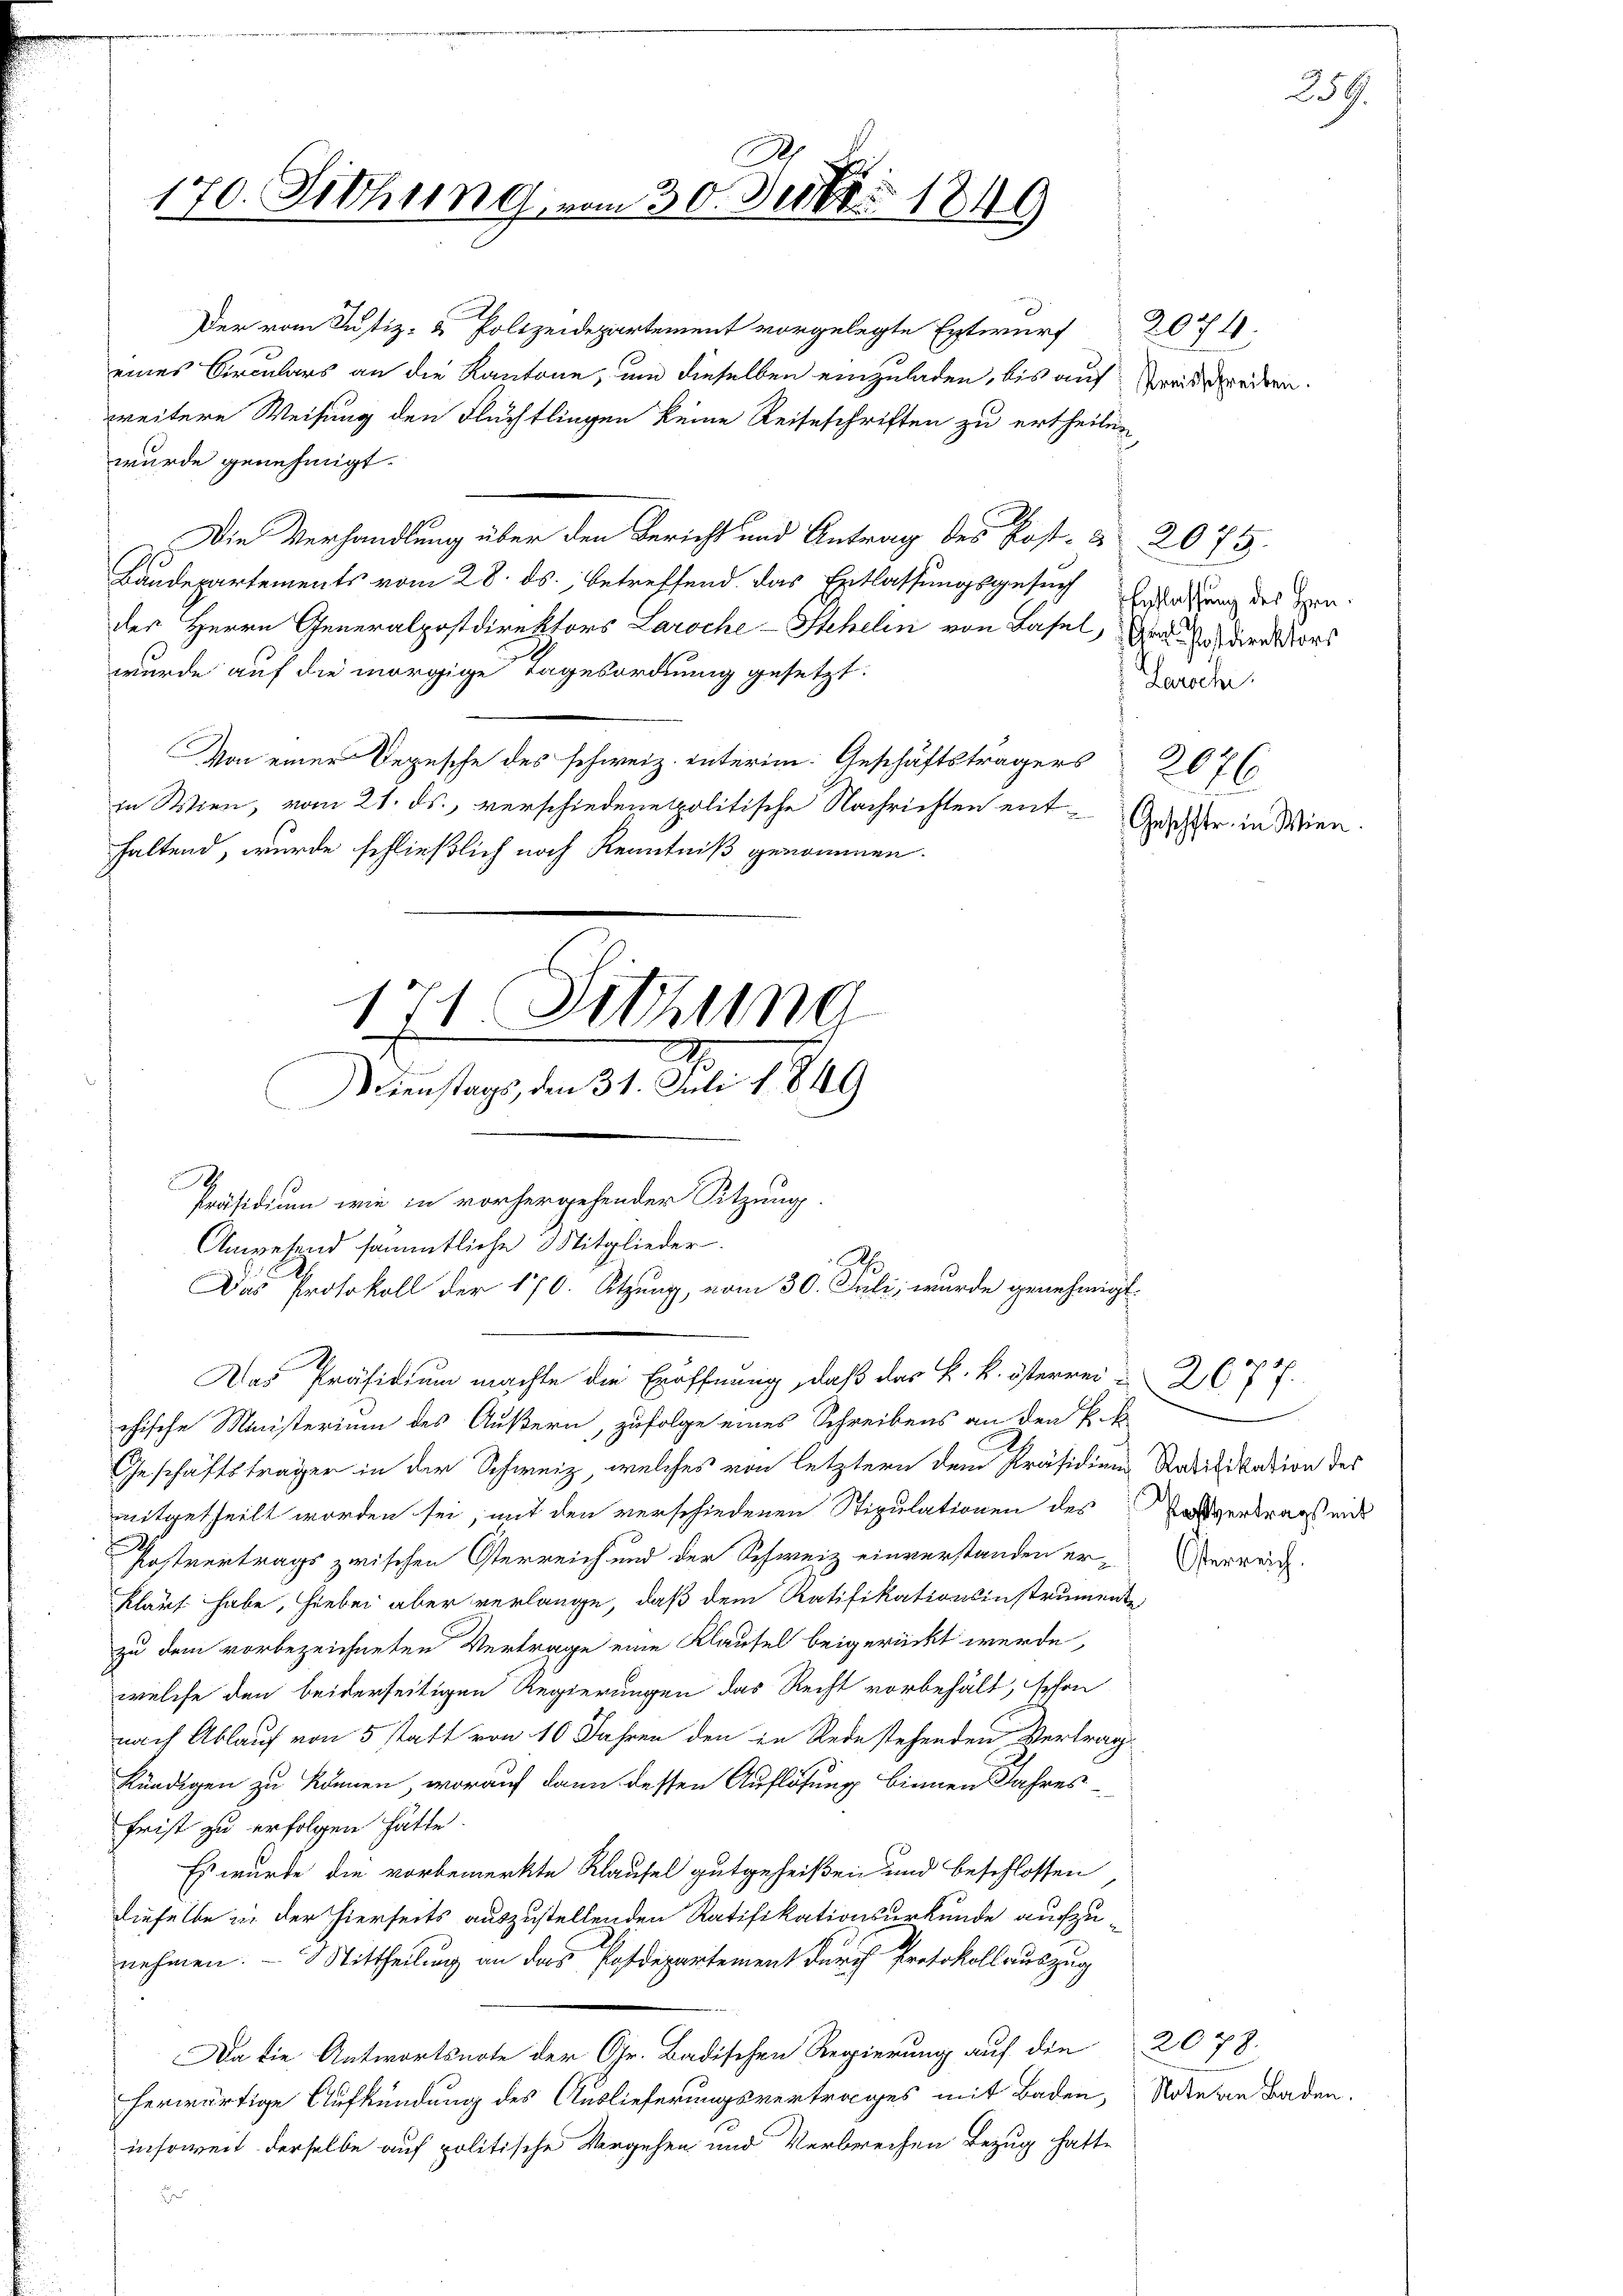
170. Siehung vom 30. Juli 1849

Der vom Justiz- & Polizeidepartement vorgelegte Entwurf
eines Circulars an die Kantone, um dieselben einzuladen, bis auf
weitere Weisung den Flüchtlingen keine Reiseschriften zu ertheilen
wurde genehmigt.
Die Verhandlung über den Bericht und Antrag des Kost-
Baudepartements vom 28. ds., betreffend das Entlassungsgesuch Erlassung des Hrn.
der Herrn Generalpostdirektors Laroche-Schelin von Basel, Grature dort
wurde auf die morgige Tagesordnung gesetzt.
Von einer Depesche des schweiz. Interim: Geschäftsträgers
in Wien, vom 21. ds., verschiedene politische Nachrichten enthaltend, wurde schließlich noch Kenntniß genommen.
S
Präsidium wie in vorhergehender Sitzung.
Anwesend sämmtliche Mitglieder.
chische Ministerium des Äußern, zufolge eines Schreibens an den Pet
Geschäftsträger in der Schweiz, welches von letztern dem Präsidium Ratifikation des
mitgetheilt worden sei, mit den verschiedenen Stipulationen des
Postvertrags zwischen Osterreich und der Schweiz einverstanden er¬
Klauf habe, hiebei aber verlange, daß dem Ratifikationsinstrument
zu dem vorbezeichneten Vertrage eine Klausel beigerückt werde,
welche den beiderseitigen Regierungen das Recht vorbehält, sehen
nach Ablauf von 5 statt von 10 Jahren den in Rede stehenden Vertrag
kündigen zu können, worauf dann dessen Auflösung binnen Jahres¬
Frist zu erfolgen hätte.
Es wurde die vorbemerkte Klausel gutgeheißen und beschlossen,
dieselbe in der hierseits auszustellenden Ratifikationsurkunde aufzunehmen. – Mittheilung an das Postdepartement durch Protokollauszug
Da die Antwortsnote der Gr. Badischen Regierung auf die 2078.
herwärtige Aufkündung des Auslieferungsvertrages mit Baden,
insoweit derselbe auf politische Vergehen und Verbrechen Bezug hatte
d

171 Sitzung
Dienstags, den 31. Juli 1849

Das Protokoll der 170. Sitzung, vom 30. Juli, wurde genehmigt.
Das Präsidium machte die Eröffnung, daß das k. k. österren 2677

2074.
Kreisschreiben.

2075.
Gerech
207
Geschstr. in Wien

Postvertrags mit

Osterreich.

Note von Baden.

259.